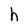
Character: h